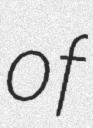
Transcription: of